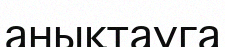
анықтауга